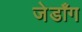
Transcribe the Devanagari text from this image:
जेडाँग